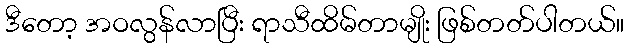
ဒီတော့ အဝလွန်လာပြီး ရာသီထိမ်တာမျိုး ဖြစ်တတ်ပါတယ်။